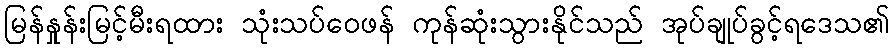
မြန်နှုန်းမြင့်မီးရထား သုံးသပ်ဝေဖန် ကုန်ဆုံးသွားနိုင်သည် အုပ်ချုပ်ခွင့်ရဒေသ၏